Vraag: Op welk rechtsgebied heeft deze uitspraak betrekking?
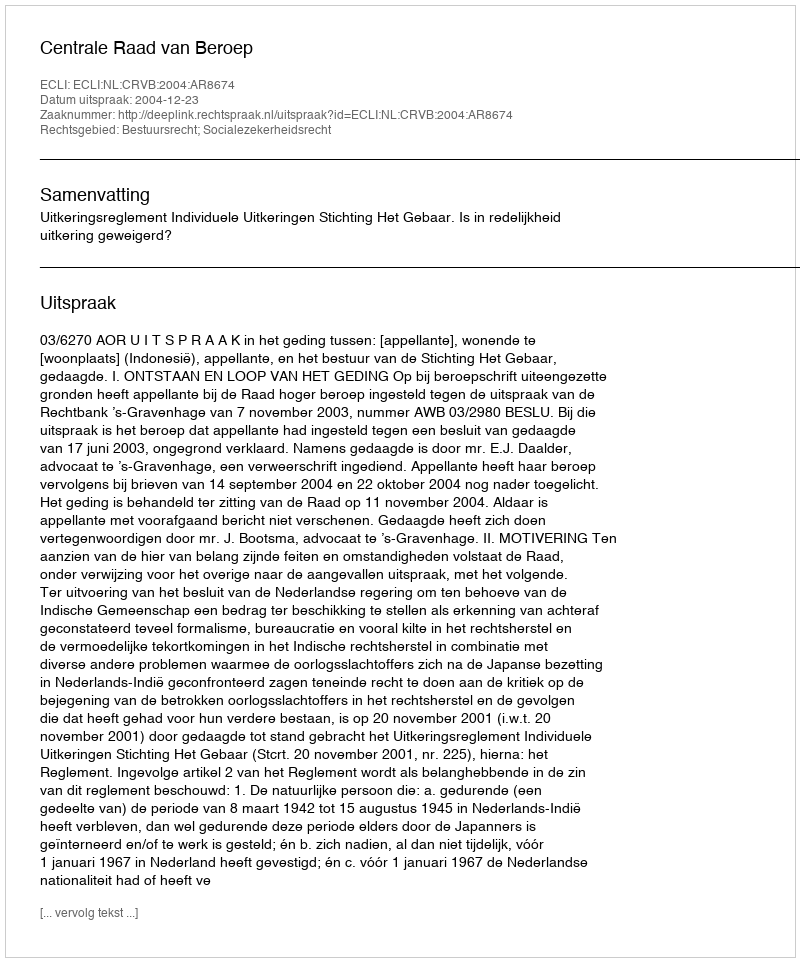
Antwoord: Bestuursrecht; Socialezekerheidsrecht